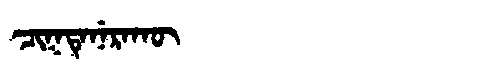
Manchu: ᠴᡳᡴᡨᡝᠨᡝᡵᠠᡴᡡ
Romanization: CIKTENERAKŪ